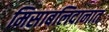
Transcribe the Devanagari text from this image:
मिसाबलिदानात